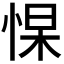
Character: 𭝑